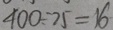
4 0 0 \div 7 5 = 1 6